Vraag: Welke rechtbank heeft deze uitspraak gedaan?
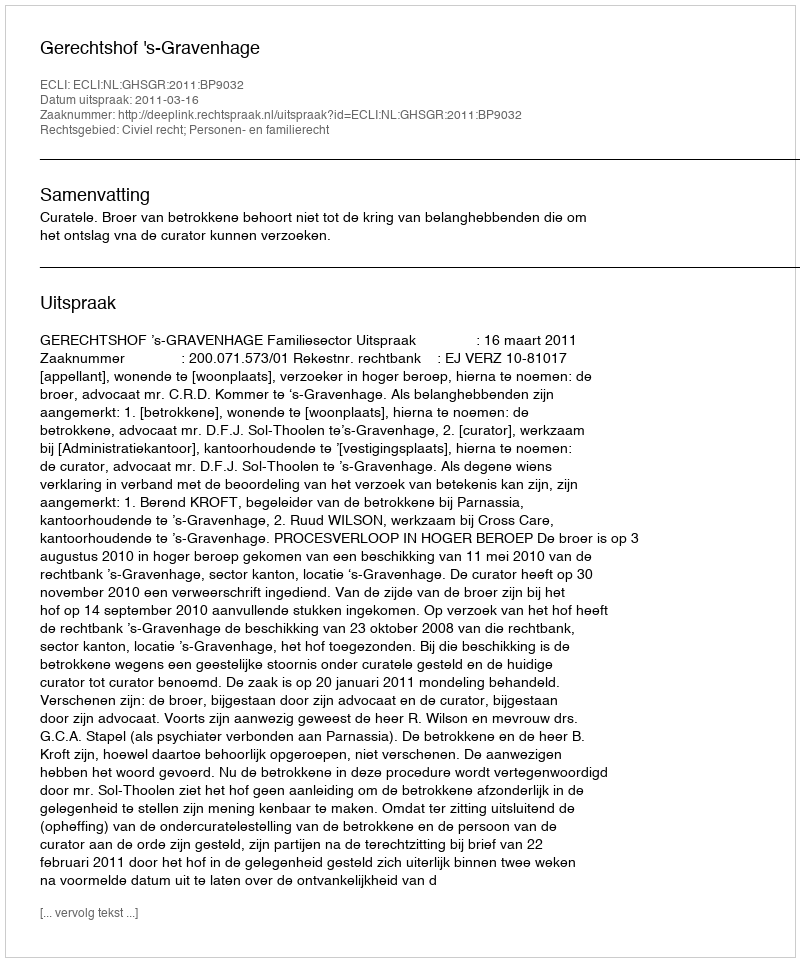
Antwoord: Gerechtshof 's-Gravenhage